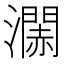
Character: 𤁹